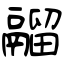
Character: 鬸